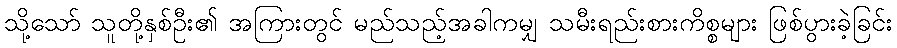
သို့သော် သူတို့နှစ်ဦး၏ အကြားတွင် မည်သည့်အခါကမျှ သမီးရည်းစားကိစ္စများ ဖြစ်ပွားခဲ့ခြင်း